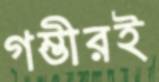
গম্ভীরই